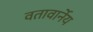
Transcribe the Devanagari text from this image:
वतावार्नेय